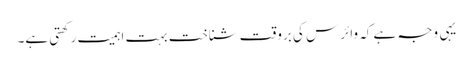
یہی وجہ ہے کہ وائرس کی بروقت شناخت بہت اہمیت رکھتی ہے۔